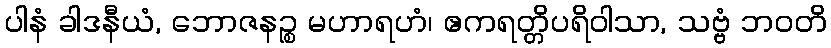
ပါနံ ခါဒနီယံ, ဘောဇနဉ္စ မဟာရဟံ၊ ဧကရတ္တိပရိဝါသာ, သဗ္ဗံ ဘဝတိ